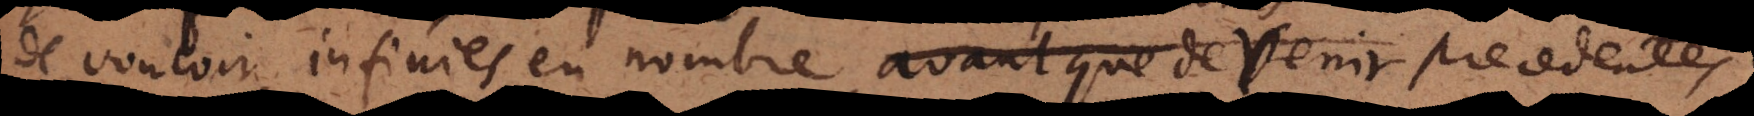
de vouloir infinies en nombre avant que de venir